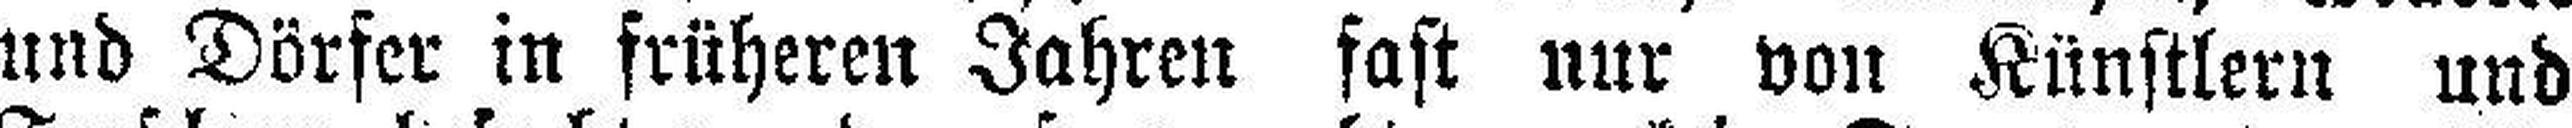
und Dörfer in früheren Jahren fast nur von Künstlern und